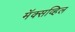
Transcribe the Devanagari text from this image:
मॅक्सव्हिल